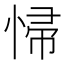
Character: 𱞨